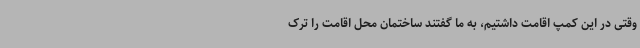
وقتی در این کمپ اقامت داشتیم، به ما گفتند ساختمان محل اقامت را ترک